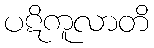
ပဋိကူလာတိ